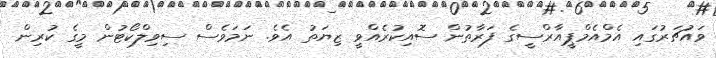
ވައުޗަރުގައި އެމްއެމްޕީއާރްސީގެ ފަރާތުން ސޮއިކުރެއްވީ ޒިޔަތު އެވެ. ނަމަވެސް ސިވިލްކޯޓުން މީގެ ކުރިން